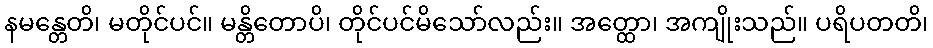
နမန္တေတိ၊ မတိုင်ပင်။ မန္တိတောပိ၊ တိုင်ပင်မိသော်လည်း။ အတ္ထော၊ အကျိုးသည်။ ပရိပတတိ၊